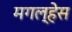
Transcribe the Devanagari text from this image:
मगल्हेस